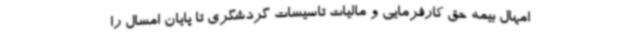
امهال بیمه حق کارفرمایی و مالیات تاسیسات گردشگری تا پایان امسال را